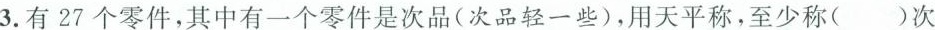
3.有27个零件，其中有一个零件是次品(次品轻一些)，用天平称，至少称( )次